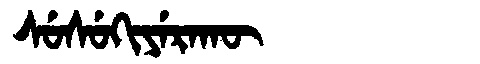
Manchu: ᠰᡠᠰᡠᡴᡳᠶᡝᡵᠠᡴᡡ
Romanization: SUSUKIYERAKŪ